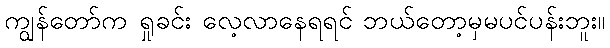
ကျွန်တော်က ရှုခင်း လေ့လာနေရရင် ဘယ်တော့မှမပင်ပန်းဘူး။